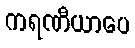
ကရဏီယာပေ